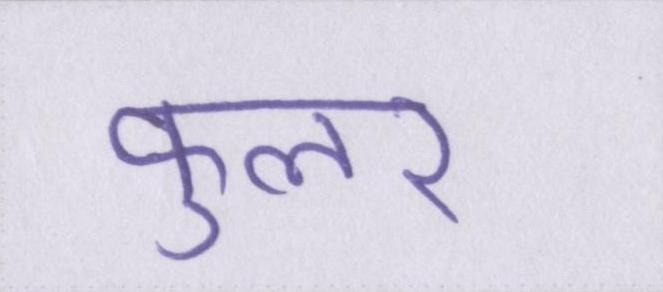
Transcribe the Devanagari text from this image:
फुलर